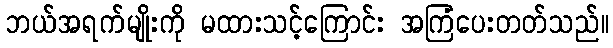
ဘယ်အရက်မျိုးကို မထားသင့်ကြောင်း အကြံပေးတတ်သည်။